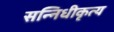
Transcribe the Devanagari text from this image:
सन्निधीकृत्य